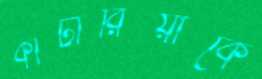
কাটারিয়াকে